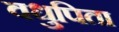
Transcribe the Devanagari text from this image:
वधुपिता